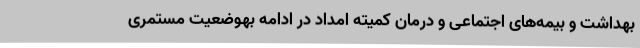
بهداشت و بیمه‌های اجتماعی و درمان کمیته امداد در ادامه بهوضعیت مستمری